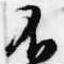
不